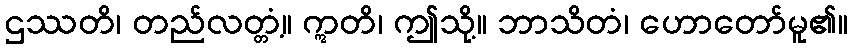
ဌဿတိ၊ တည်လတ္တံ့။ ဣတိ၊ ဤသို့။ ဘာသိတံ၊ ဟောတော်မူ၏။